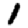
Digit: 1